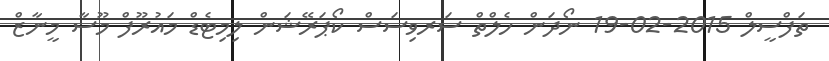
ތަފްސީލް 2015-02-19 ނޯދަން ހެލްތް ސަރވިސަސް ކޯޕަރޭޝަން ލިމިޓެޑް މައުރޫފް މޫސާ މީނާޒް